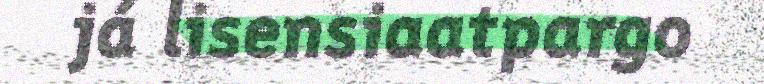
já lisensiaatpargo